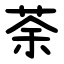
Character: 荼